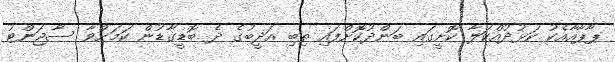
ޕާޕާއާއެކު ކަޅުދުއްކަލާ ކޮށީގައި ބަންދުކޮށްފައި ތިބި އަދީބުގެ ދެ ބޮޑީގާޑުން ކަމަށްވާ ސާޖަންޓު